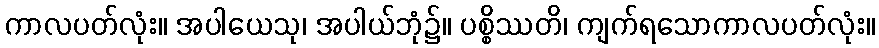
ကာလပတ်လုံး။ အပါယေသု၊ အပါယ်ဘုံ၌။ ပစ္စိဿတိ၊ ကျက်ရသောကာလပတ်လုံး။